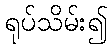
ရုပ်သိမ်း၍